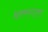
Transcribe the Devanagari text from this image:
धरणगाण